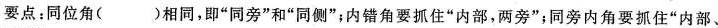
要点：同位角( )相同，即”同旁”和”同侧”；内错角要抓住”内部，两旁”；同旁内角要抓住”内部、